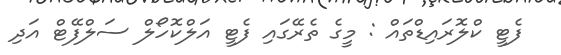
ފެޓީ ކްލޮރައިޑްތައް : މީގެ ތެރޭގައި ފެޓީ އަލްކޮހޯލް ސަލްފޭޓް އަދި